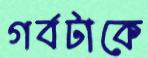
গর্বটাকে